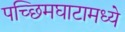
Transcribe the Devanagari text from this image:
पच्छिमघाटामध्ये